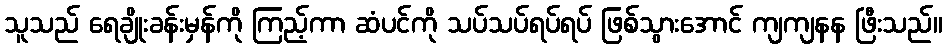
သူသည် ရေချိုးခန်းမှန်ကို ကြည့်ကာ ဆံပင်ကို သပ်သပ်ရပ်ရပ် ဖြစ်သွားအောင် ကျကျနန ဖြီးသည်။